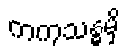
ကကုသန္ဓမှိ